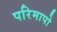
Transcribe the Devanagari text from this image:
परिमापो